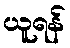
ယူရန်